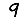
Digit: 9